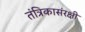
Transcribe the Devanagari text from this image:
तंत्रिकासंरक्षी